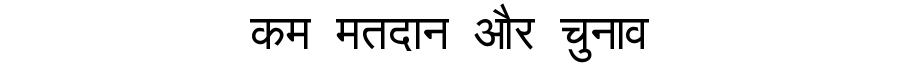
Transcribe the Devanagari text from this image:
कम मतदान और चुनाव